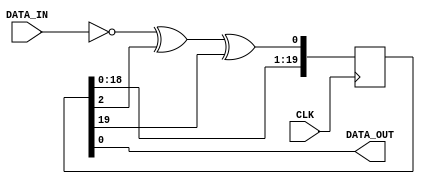
/******
 * NABU Adaptor - bitstream scrambler/randomiser
 *
 * XORs incoming data bits with the output of a 20-bit maximal-length
 * linear-feedback shift register. This makes sure there are regular
 * bit transitions in the data stream, which the D-OQPSK demodulator
 * requires to recover the bit clock.
 */

module scrambler(
	input CLK,
	input DATA_IN,
	output DATA_OUT
);

	reg [19:0] scrambler_r;		// Scrambler shift register
	
	// Taps are x^2, x^19, and inverse of input bit.
	wire d_new = !DATA_IN ^ scrambler_r[2] ^ scrambler_r[19];
	always @(posedge CLK) begin
		scrambler_r <= {scrambler_r[18:0], d_new};
	end
	// Take data output from SR lowest bit so it's stable
	assign DATA_OUT = scrambler_r[0];
	
endmodule